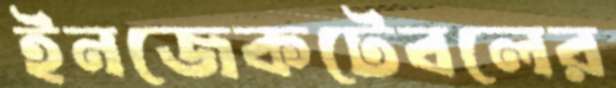
ইনজেকটেবলের